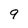
Character: 9